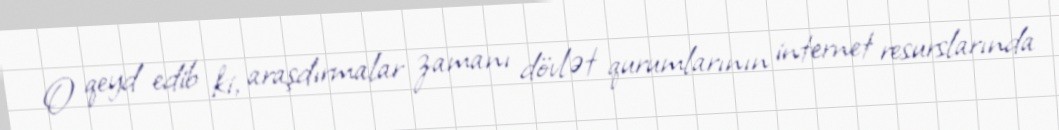
O qeyd edib ki, araşdırmalar zamanı dövlət qurumlarının internet resurslarında